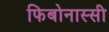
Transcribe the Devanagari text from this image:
फिबोनास्सी